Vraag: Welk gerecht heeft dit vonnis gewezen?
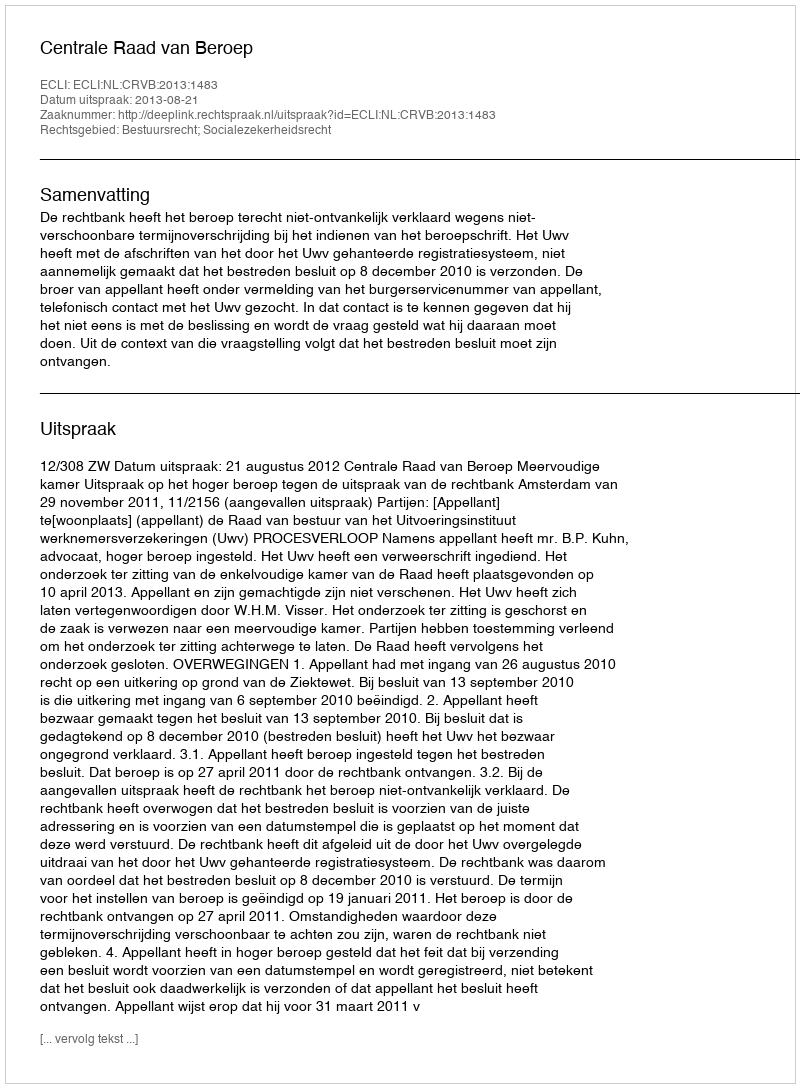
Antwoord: Centrale Raad van Beroep